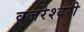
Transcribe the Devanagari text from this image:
वजरेश्वरी